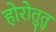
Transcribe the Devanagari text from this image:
होरोतुतु